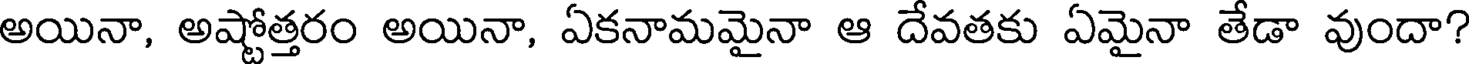
అయినా, అష్టోత్తరం అయినా, ఏకనామమైనా ఆ దేవతకు ఏమైనా తేడా వుందా?